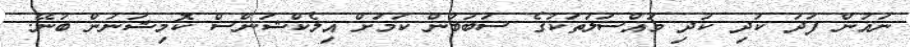
ނައުން ފަދަ ކުދި ކުދި މައްސަލަތަކުގެ ސަބަބުން ކަމަށް އިލެކްޝަންސް ކޮމިޝަނުން ބުނޭ.